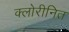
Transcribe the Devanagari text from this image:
क्लोरीनित